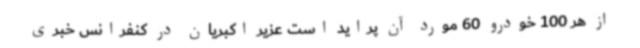
از هر 100 خودرو 60 مورد آن پراید است عزیر اکبریان در کنفرانس خبری